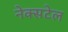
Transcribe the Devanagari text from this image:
नेक्सटेल